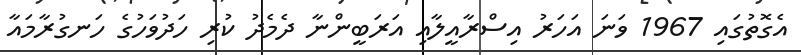
އެގޮތުގައި 1967 ވަނަ އަހަރު އިސްރާއީލާއި އަރަބީންނާ ދެމެދު ކުރި ހަދުވަހުގެ ހަނގުރާމައާ